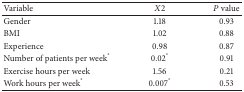
| Variable | X2 | P value |
 | --- | --- | --- |
 | Gender | 1.18 | 0.93 |
 | BMI | 1.02 | 0.88 |
 | Experience | 0.98 | 0.87 |
 | Number of patients per week* | 0.02* | 0.91 |
 | Exercise hours per week | 1.56 | 0.21 |
 | Work hours per week* | 0.007* | 0.53 |